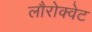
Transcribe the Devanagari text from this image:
लौरोक्वेट